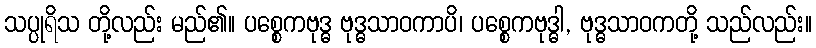
သပ္ပုရိသ တို့လည်း မည်၏။ ပစ္စေကဗုဒ္ဓ ဗုဒ္ဓသာဝကာပိ၊ ပစ္စေကဗုဒ္ဓါ, ဗုဒ္ဓသာဝကတို့ သည်လည်း။